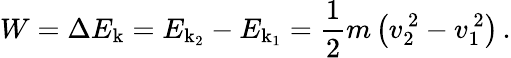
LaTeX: W=\Delta E_{\mathrm{k}}=E_{\mathrm{k_{2}}}-E_{\mathrm{k_{1}}}={\frac{1}{2}}m\left(v_{2}^{\, 2}-v_{1}^{\, 2}\right)\, .